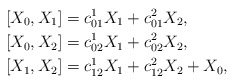
\begin{align*}\left[X_0, X_1\right]&=c_{01}^1X_1+c_{01}^2X_2, \\\left[X_0, X_2\right]&=c_{02}^1X_1+c_{02}^2X_2, \\\left[X_1, X_2\right]&=c_{12}^1X_1+c_{12}^2X_2+X_0,\end{align*}